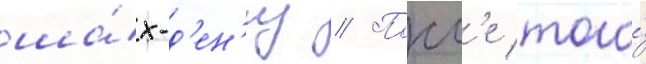
ша́х-д'ен'из // Посл'е того́